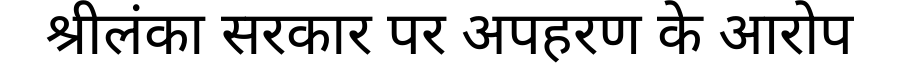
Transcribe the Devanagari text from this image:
श्रीलंका सरकार पर अपहरण के आरोप